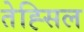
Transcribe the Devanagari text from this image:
तेह्सिल